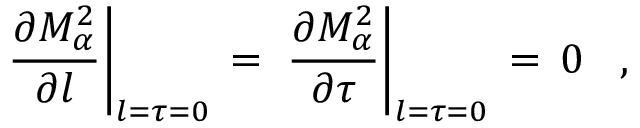
\left. \frac { \partial M _ { \alpha } ^ { 2 } } { \partial l } \right| _ { l = \tau = 0 } \, = \, \left. \frac { \partial M _ { \alpha } ^ { 2 } } { \partial \tau } \right| _ { l = \tau = 0 } \, = \, 0 \; \; \; ,